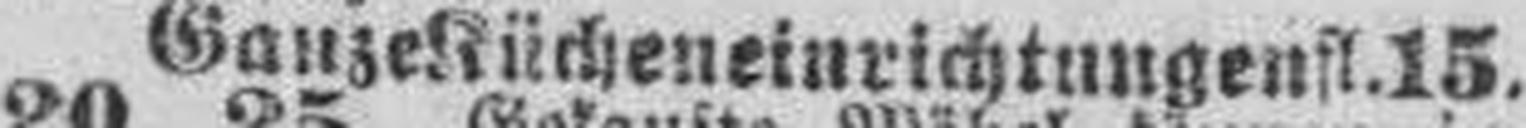
Ganze Kücheneinrichtungen fl. 15,